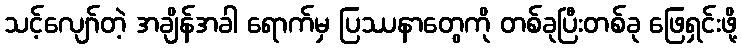
သင့်လျော်တဲ့ အချိန်အခါ ရောက်မှ ပြဿနာတွေကို တစ်ခုပြီးတစ်ခု ဖြေရှင်းဖို့